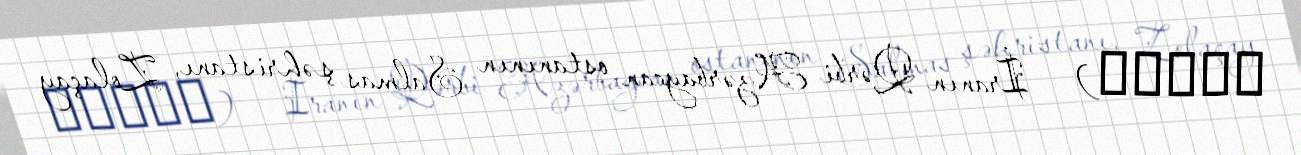
كاجيك) — İranın Qərbi Azərbaycan ostanının Salmas şəhristanı, Zolaçay